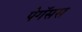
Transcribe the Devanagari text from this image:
पेगॅसस